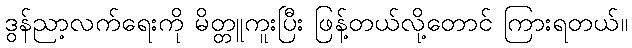
ဒွန်ညာ့လက်ရေးကို မိတ္တူကူးပြီး ဖြန့်တယ်လို့တောင် ကြားရတယ်။